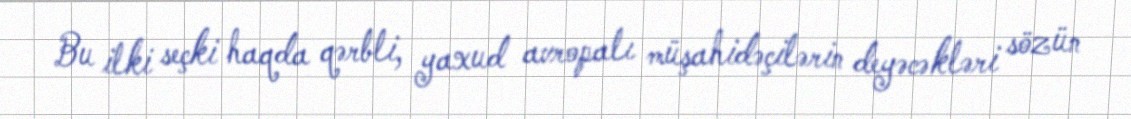
Bu ilki seçki haqda qərbli, yaxud avropalı müşahidəçilərin deyəcəkləri sözün